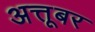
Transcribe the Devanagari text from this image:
अत्तूबर